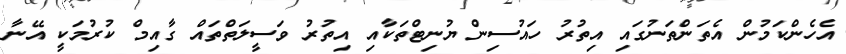
އެހެންކަމުން އެތަންތަނުގައި އިތުރު ހައުސިން ޔުނިޓްތަކާއި އިތުރު ވަސީލަތްތައް ގާއިމް ކުރުމަކީ އޭނާ